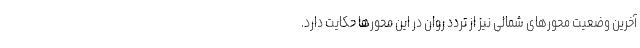
آخرین وضعیت محورهای شمالی نیز از تردد روان در این محورها حکایت دارد.